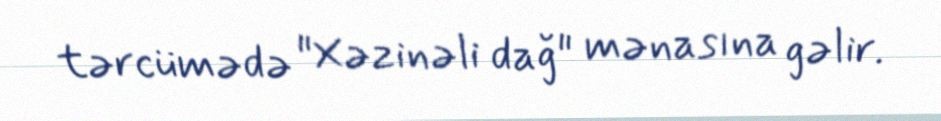
tərcümədə "Xəzinəli dağ" mənasına gəlir.